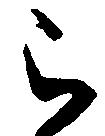
被